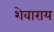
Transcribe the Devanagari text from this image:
शेवाराय